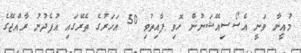
މުއީނާ ވަނީ އެސޯސިއޭޝަނުން ހޮވި ފާއިތުވި 50 އަހަރުގެ ތެރޭގައި އުފެދުނު ރާއްޖޭގެ